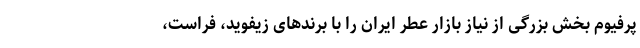
پرفیوم بخش بزرگی از نیاز بازار عطر ایران را با برندهای زیفوید، فراست،